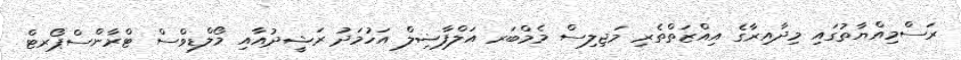
ރަސްމިއްޔާތުގައި މިދާއިރާގެ އިއްޒަތްތެރި މަޖިލިސް މެމްބަރ އަލްފާޟިލް އަހުމަދު ރަޝީދުއާއި މޯލްޑިވްސް ޓްރާންސްޕޯރޓް